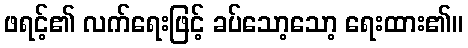
ဖရင့်၏ လက်ရေးဖြင့် ခပ်သော့သော့ ရေးထား၏။